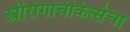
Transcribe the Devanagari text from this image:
स्त्रीरोगचिकित्सेचा